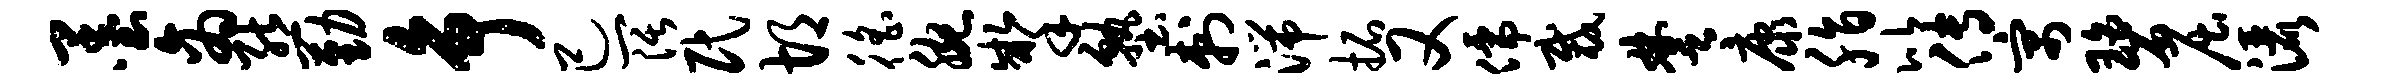
墨商熊勤争己阔民胡徭腕掣塾刺湍拓又儒裁楚康脂比传寓碧屈洒